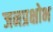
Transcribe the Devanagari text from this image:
जनप्रक्षोभ